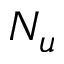
N _ { u }